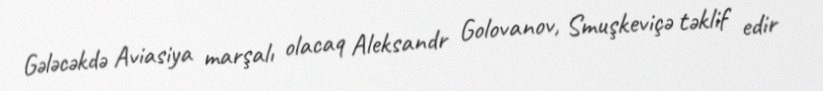
Gələcəkdə Aviasiya marşalı olacaq Aleksandr Golovanov, Smuşkeviçə təklif edir